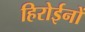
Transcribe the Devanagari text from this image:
हिरोईनों